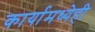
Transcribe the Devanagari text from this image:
कार्यामध्येही